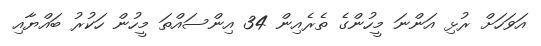
އަވަހަށް ރުޅި އަންނަ މީހުންގެ ތެރެއިން 34 އިންސައްތަ މީހުން ހަކުރު ބައްޔާއި